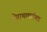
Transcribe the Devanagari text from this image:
पेराथायरॉयड